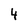
Character: 4